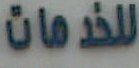
للخدمات